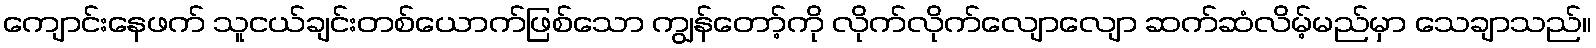
ကျောင်းနေဖက် သူငယ်ချင်းတစ်ယောက်ဖြစ်သော ကျွန်တော့်ကို လိုက်လိုက်လျောလျော ဆက်ဆံလိမ့်မည်မှာ သေချာသည်။